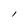
Character: l